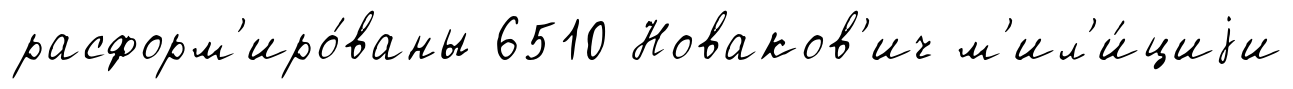
расформ'иро́ваны 6510 Новаков'ич м'ил'и́циjи